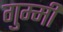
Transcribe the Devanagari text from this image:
गुम्मी